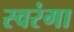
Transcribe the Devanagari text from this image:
स्वरंगा